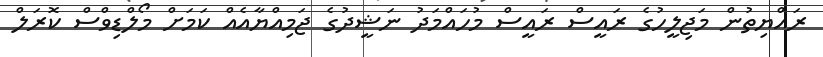
ރައްޔިތުން މަޖިލީހުގެ ރައީސް ރައީސް މުހައްމަދު ނަޝީދުގެ ޖަމިއްޔާއެއް ކަމަށް މޯލްޑިވްސް ކޮރަލް